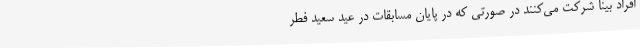
افراد بینا شرکت می‌کنند در صورتی که در پایان مسابقات در عید سعید فطر